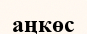
аңкөс